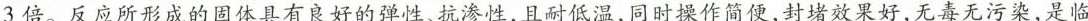
3倍。反应所形成的固体具有良好的弹性、抗渗性，且耐低温，同时操作简便，封堵效果好，无毒无污染，是临。